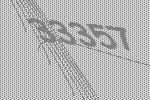
33357